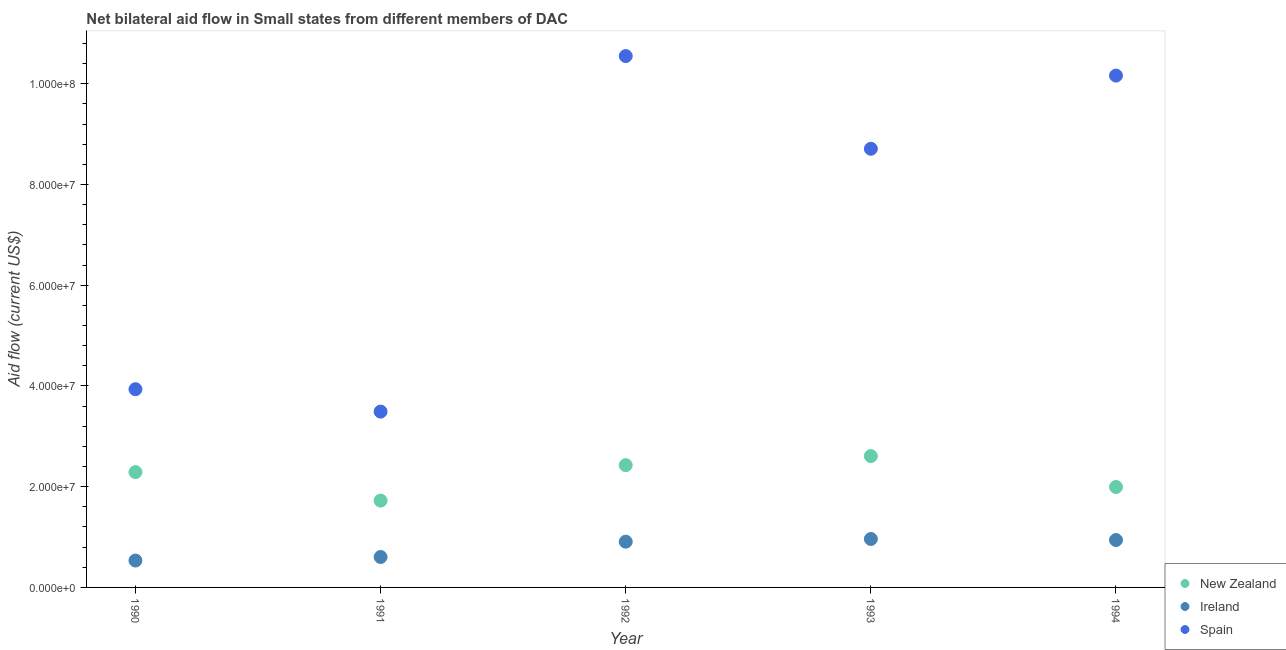
| Year | New Zealand | Ireland | Spain |
 | --- | --- | --- | --- |
 | 1990 | 2.29e+07 | 5.34e+06 | 3.94e+07 |
 | 1991 | 1.72e+07 | 6.04e+06 | 3.49e+07 |
 | 1992 | 2.43e+07 | 9.08e+06 | 1.06e+08 |
 | 1993 | 2.61e+07 | 9.62e+06 | 8.71e+07 |
 | 1994 | 1.99e+07 | 9.41e+06 | 1.02e+08 |